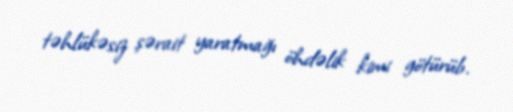
təhlükəsiz şərait yaratmağı öhdəlik kimi götürüb.